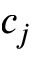
c _ { j }